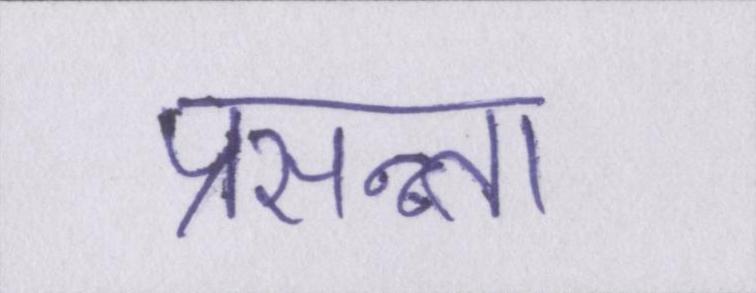
प्रसन्न्ता